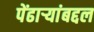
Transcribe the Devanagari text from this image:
पेंढाऱ्यांबद्दल